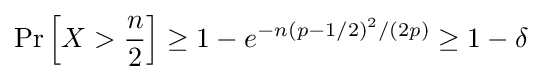
\Pr \left[X>{n \over 2}\right]\geq 1-e^{-n\left(p-1/2\right)^{2}/(2p)}\geq 1-\delta